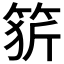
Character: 𥭦